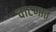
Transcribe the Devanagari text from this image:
वाटणात